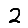
Digit: 2